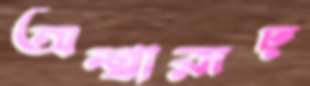
অশ্বারূঢ়